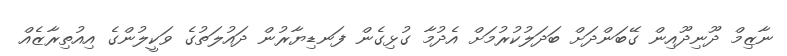
ނާޒިމް ދޫނިދޫއިން ގޭބަންދަށް ބަދަލުކުރުމަށް އެދުމާ ގުޅިގެން ފަނޑިޔާރުން ދައުލަތުގެ ވަކީލުންގެ އިއުތިރާޒެއް